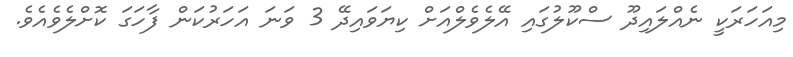
މިއަހަރަކީ ނެއްލައިދޫ ސްކޫލުގައި އޭލެވެލްއަށް ކިޔަވައިދޭ 3 ވަނަ އަހަރުކަން ފާހަގަ ކޮށްލެވެއެވެ.